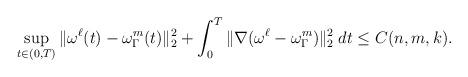
LaTeX: \begin{align*}\sup_{t\in (0,T)} \| \omega^{\ell}(t)-\omega_{\Gamma}^m(t)\|_2^2 + \int_0^T \|\nabla (\omega^{\ell}-\omega_{\Gamma}^m)\|_2^2 \; dt \le C(n,m,k). \end{align*}